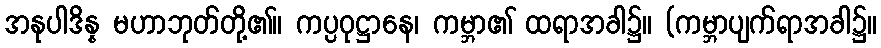
အနုပါဒိန္န မဟာဘုတ်တို့၏။ ကပ္ပဝုဋ္ဌာနေ၊ ကမ္ဘာ၏ ထရာအခါ၌။ (ကမ္ဘာပျက်ရာအခါ၌။